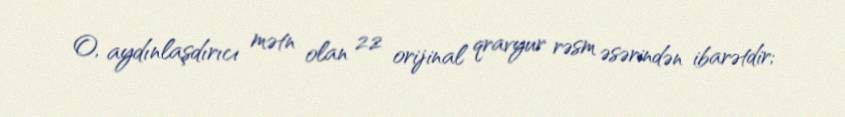
O, aydınlaşdırıcı mətn olan 22 orijinal qravyur rəsm əsərindən ibarətdir;